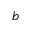
^ b